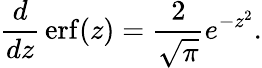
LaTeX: {\frac{d}{dz}}\operatorname{erf}(z)={\frac{2}{\sqrt{\pi}}}e^{-z^{2}}.